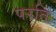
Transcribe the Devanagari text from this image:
परति